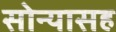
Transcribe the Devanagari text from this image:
सोन्यासह